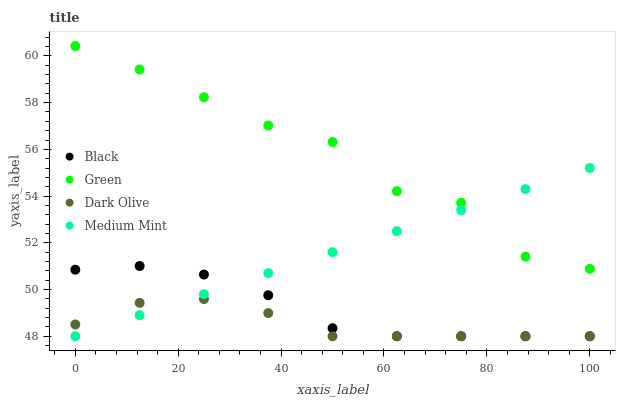
| xaxis_label | Black | Green | Dark Olive | Medium Mint |
 | --- | --- | --- | --- | --- |
 | 0 | 50.8 | 60.4 | 48.5 | 48 |
 | 12.5 | 51 | 59.4 | 49.4 | 48.9 |
 | 25 | 50.6 | 58.2 | 49.6 | 49.8 |
 | 37.5 | 49.8 | 57 | 49 | 50.7 |
 | 50 | 48.3 | 56.3 | 48 | 51.6 |
 | 62.5 | 48 | 54.2 | 48 | 52.5 |
 | 75 | 48 | 53.7 | 48 | 53.4 |
 | 87.5 | 48 | 51.4 | 48 | 54.3 |
 | 100 | 48 | 50.9 | 48 | 55.2 |